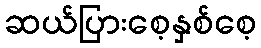
ဆယ်ပြားစေ့နှစ်စေ့